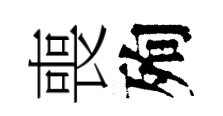
喪殉